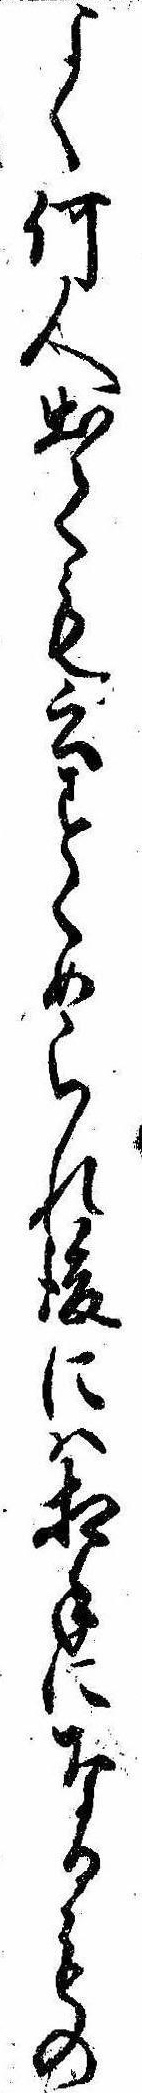
よく何人出ても云すくめられ後には相手になるもの